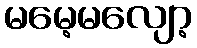
မမေ့မလျော့